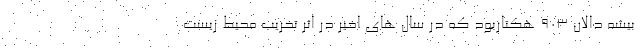
بیشه دالان ۹۰۳ هکتاربود که در سال های اخیر در اثر تخریب محیط زیست